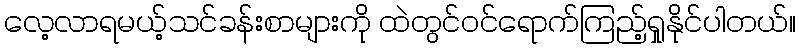
လေ့လာရမယ့်သင်ခန်းစာများကို ထဲတွင်၀င်ရောက်ကြည့်ရှုနိုင်ပါတယ်။